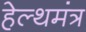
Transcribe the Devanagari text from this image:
हेल्थमंत्र